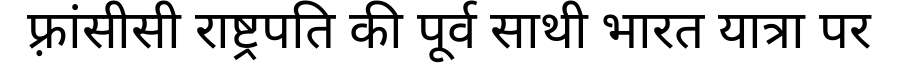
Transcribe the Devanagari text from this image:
फ़्रांसीसी राष्ट्रपति की पूर्व साथी भारत यात्रा पर